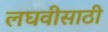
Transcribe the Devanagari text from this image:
लघवीसाठी